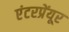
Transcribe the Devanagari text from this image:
एंटरप्रेंयूर